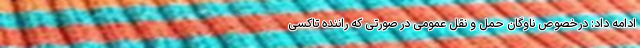
ادامه داد: درخصوص ناوگان حمل و نقل عمومی در صورتی که راننده تاکسی